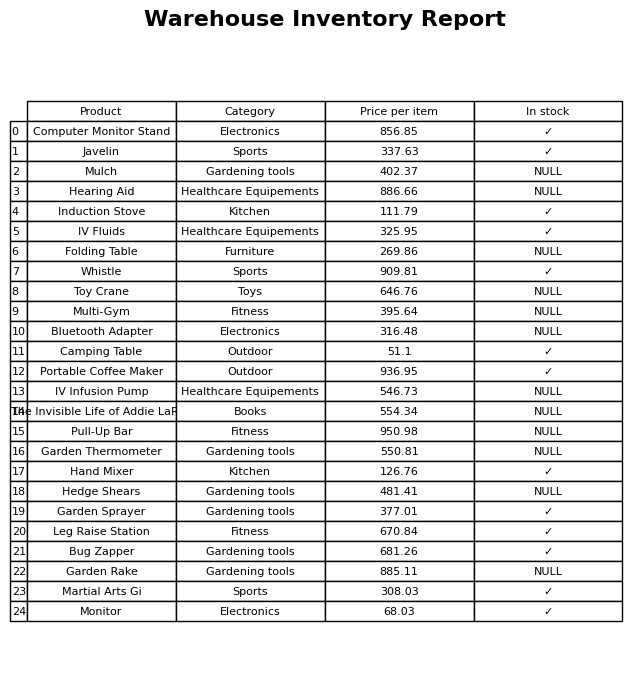
question: Which products are available in stock?
answer: Computer Monitor Stand, Javelin, Induction Stove, IV Fluids, Whistle, Camping Table, Portable Coffee Maker, Hand Mixer, Garden Sprayer, Leg Raise Station, Bug Zapper, Martial Arts Gi, Monitor